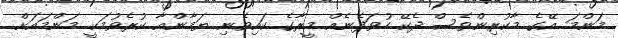
މަންމަ އޭގެ މާކުރިންވެސް ދެކޭ ހުވަފެނެއް މީރާގެ ކައިވެނި ޔަމާންއާ ކުރެވުމަކީ މަންމައަށް